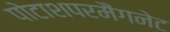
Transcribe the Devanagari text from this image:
पोटाशपरमैंगनेट